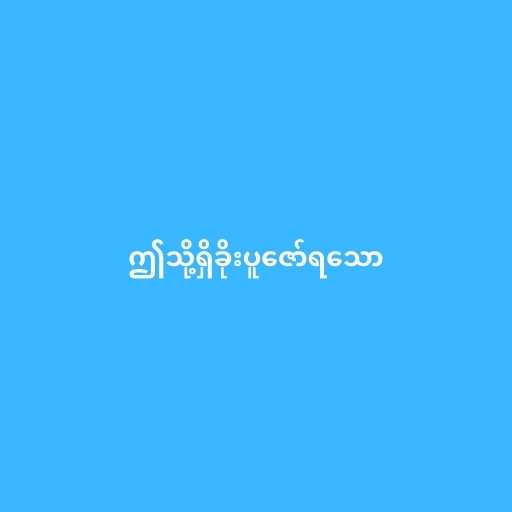
ဤသို့ရှိခိုးပူဇော်ရသော